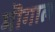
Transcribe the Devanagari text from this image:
मॊगाल